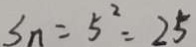
S _ { n } = 5 ^ { 2 } = 2 5